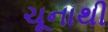
ચૂનાથી